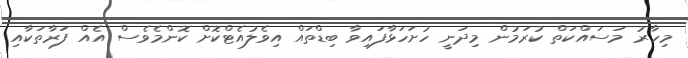
މިހާރު މަސައްކަތް ކުރަމުން މިދަނީ ހުށަހަޅާފައިވާ ބިޑްތައް އިވެލުއެޓްކޮށް ކޮންމެވެސް އެއް ފަރާތަކާއި